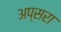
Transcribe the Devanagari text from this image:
अप्‍सरा